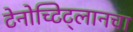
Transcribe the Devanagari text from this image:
टेनोच्टिट्लानचा